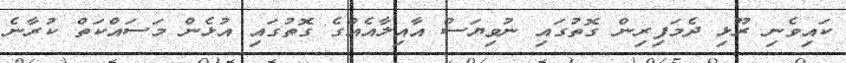
ކައިވެނި ރޫޅި ދެމަފިރިން ގޮތުގައި ނުވިޔަސް އާއިލާއެއްގެ ގޮތުގައި އުޅެން މަސައްކަތް ކުރާނެ